Jaan_Tonisson_(Lasteleht), lk 442
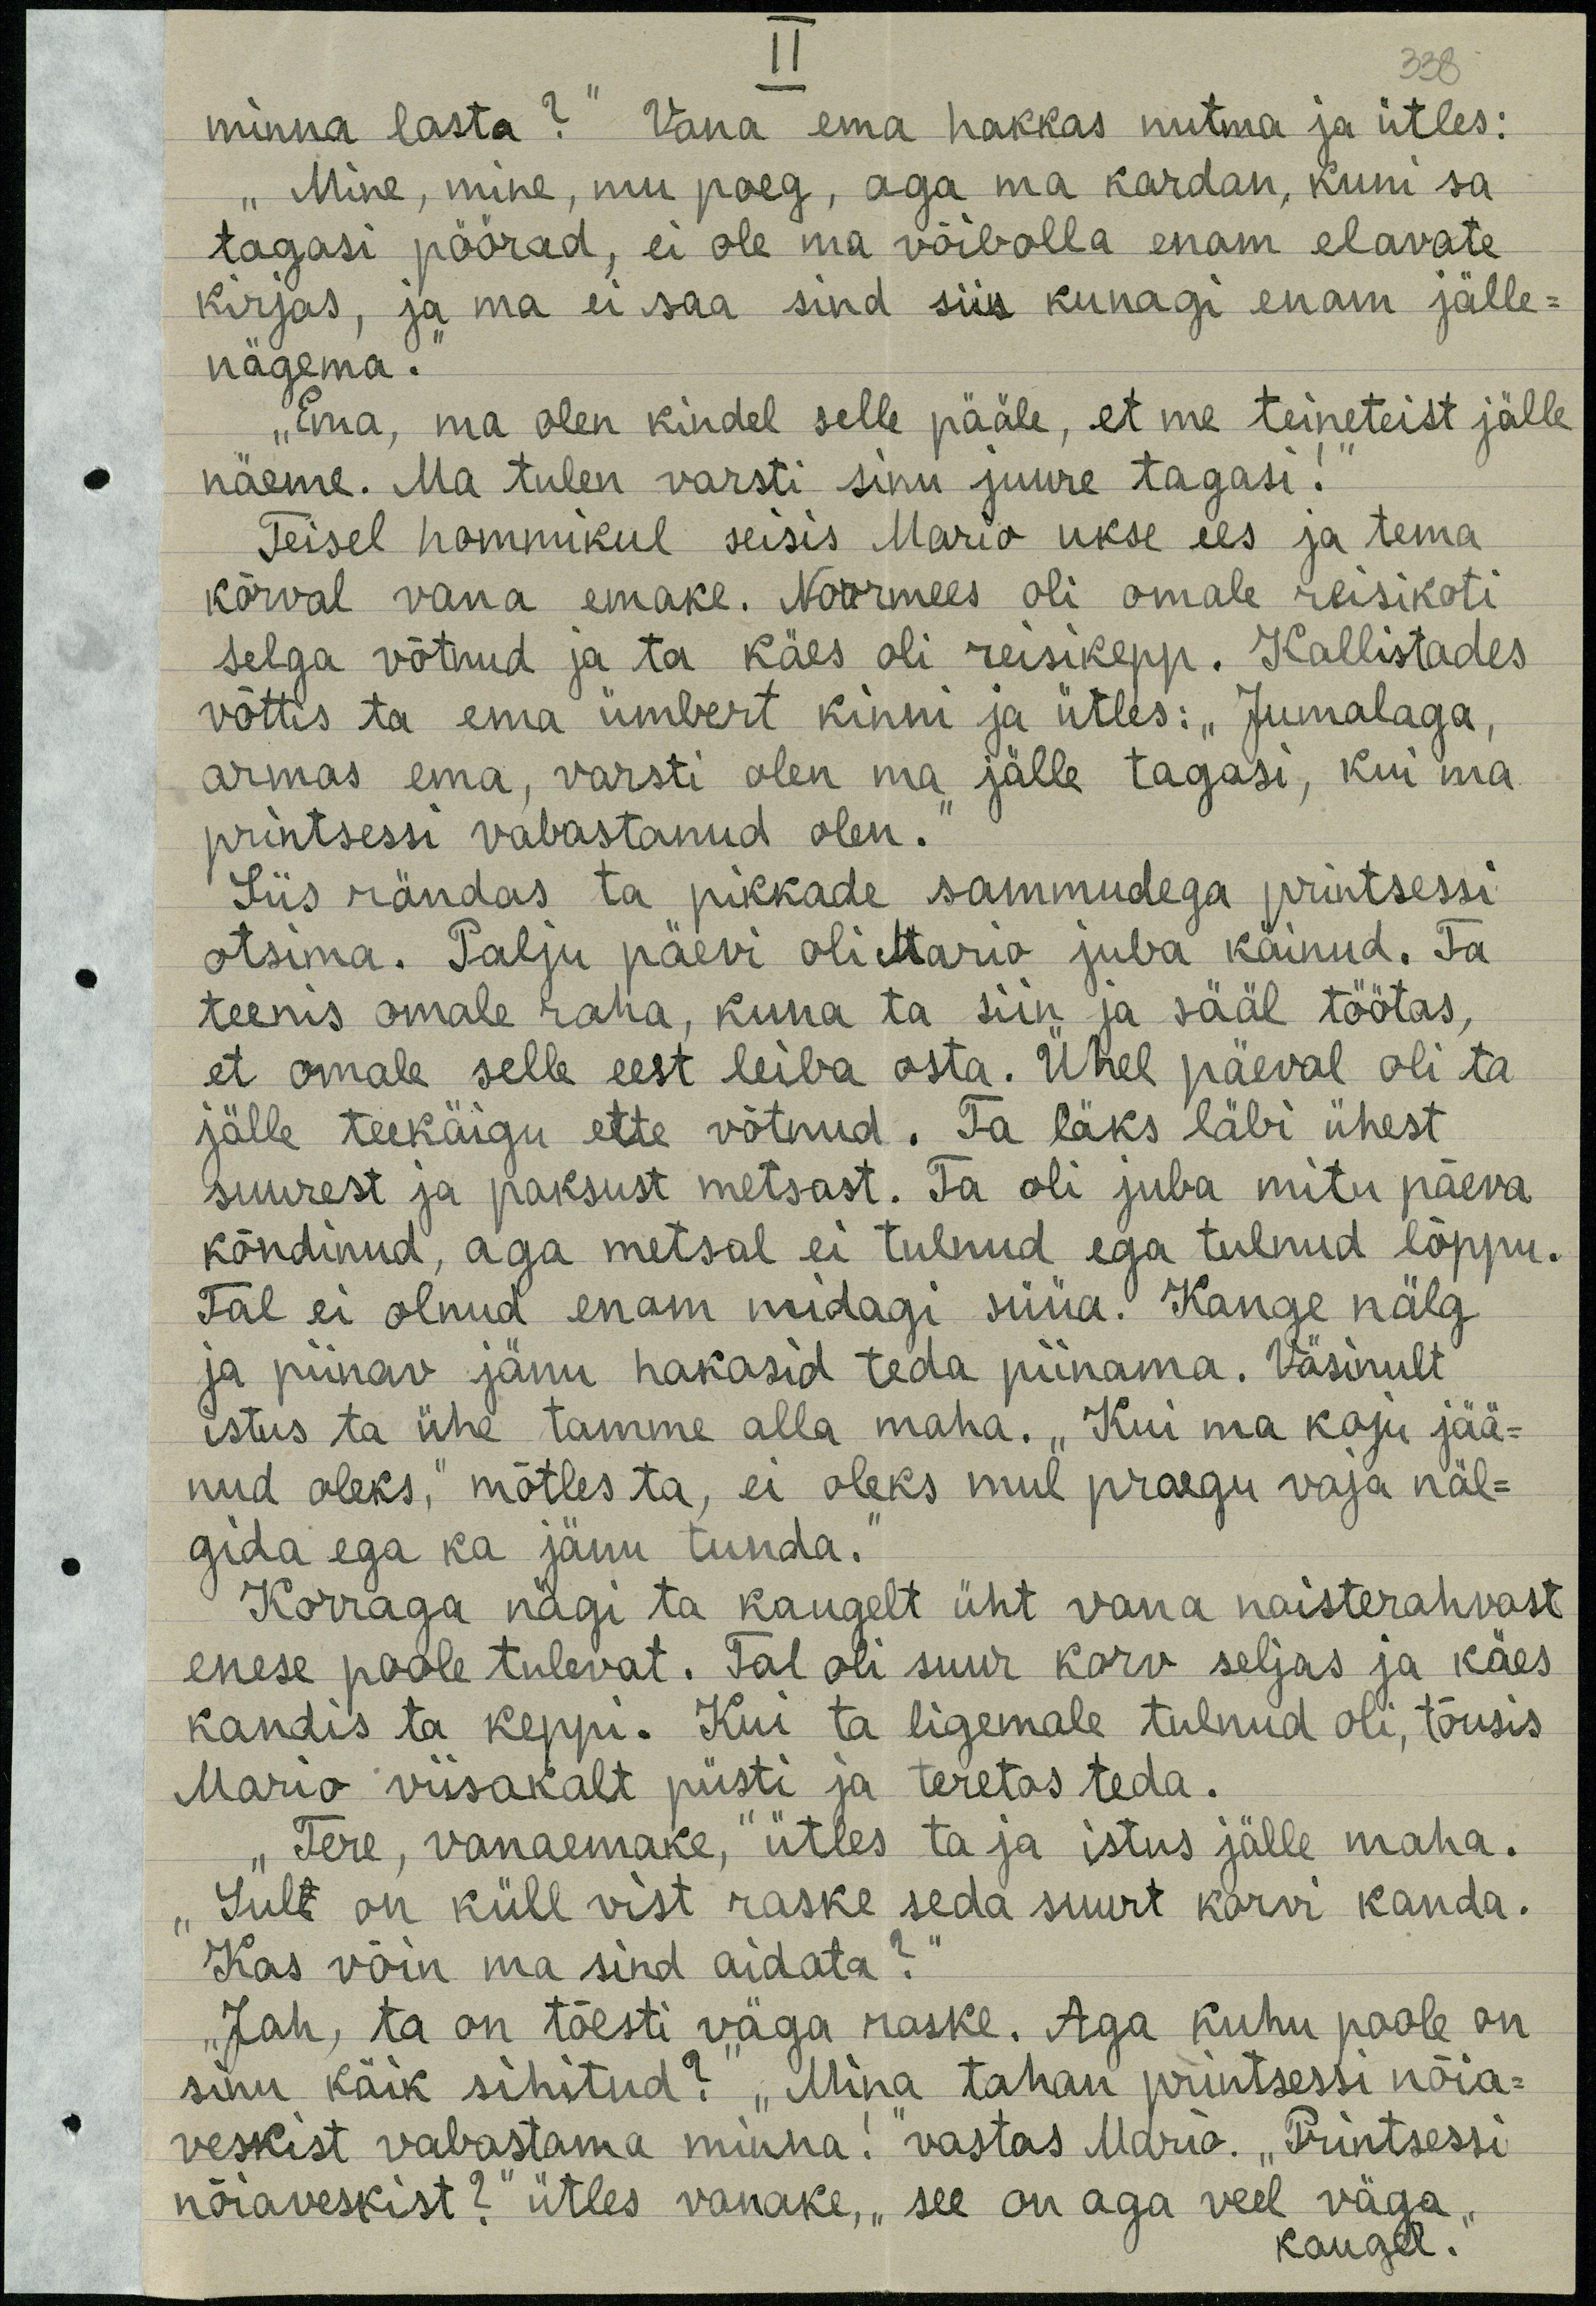
338
II
minna lasta?" Vana ema hakkas nutma ja ütles:
„Mine, mine, mu poeg, aga ma kardan, kuni sa
tagasi pöörad, ei ole ma võibolla enam elavate
kirjas, ja ma ei saa sind siis kunagi enam jälle-
nägema.
„Ema, ma olen kindel selle pääle, et me teineteist jälle
näeme. Ma tulen varsti sinu juure tagasi."
Teisel hommikul seisis Mario ukse ees ja tema
kõrval vana emake. Noormees oli omale reisikoti
selga võtnud ja ta käes oli reisikepp. Kallistades
võttis ta ema ümbert kinni ja ütles: "Jumalaga,
armas ema, varsti olen ma jälle tagasi, kui ma
printsessi vabastanud olen."
Siis rändas ta pikkade sammudega printsessi
otsima. Palju päevi oli Mario juba käinud. Ta
teenis omale raha, kuna ta siin ja sääl töötas,
et omale selle eest leiba osta. Ühel päeval oli ta
jälle teekäigu ette võtnud. Ta läks läbi ühest
suurest ja paksust metsast. Ta oli juba mitu päeva
kõndinud, aga metsal ei tulndud ega tulnud lõppu.
Tal ei olnud enam midagi süüa! Kange nälg
ja piinav jänu hakasid teda piinama. Väsinult
istus ta ühe tamme alla maha. „Kui ma koju jää-
nud oleks," mõtles ta, ei oleks mul praegu vaja näl-
gida ega ka jänu tunda.
Korraga nägi ta kaugelt üht vana naisterahvast
enese poole tulevat. Tal oli suur korv seljas ja käes
kandis ta keppi. Kui ta ligemale tulnud oli, tõusis
Mario viisakalt püsti ja teretas teda.
„Tere, vanaemake,“ ütles ta ja istus jälle maha.
"Sul on küll vist raske seda suurt korvi kanda."
Kas võin ma sind aidata?"
Jah, ta on tõesti väga raske. Aga kuhu poole on
sinu käik sihitud?" "Mina tahan printsessi nõia-
veskist vabastama minna!" vastas Maria. "Printsessi,
nõiaveskist?" ütles vanake, "see on aga veel väga,
kaugel.